Medical and sanitary report of the native army of Bengal for the year
Year: 1877
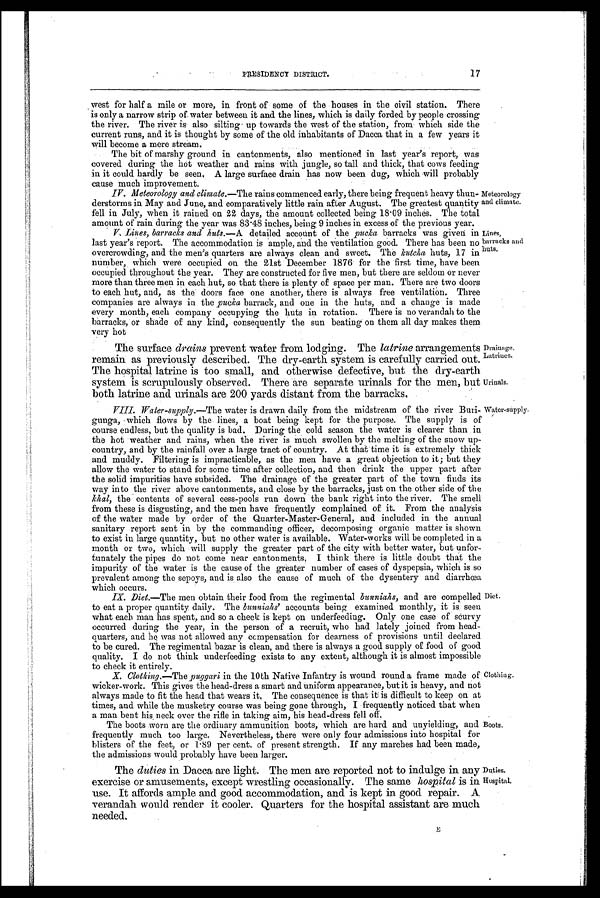
Drainage.
Latrines,
Urinals.
17
PRESIDENCY DISTRICT.
west for half a mile or more, in front of some of the houses in the civil station. There
is only a narrow strip of water between it and the lines, which is daily forded by people crossing
the river. The river is also silting up towards the west of the station, from which side the
current runs, and it is thought by some of the old inhabitants of Dacca that in a few years it
will become a mere stream.
The bit of marshy ground in cantonments, also mentioned in last year's report, was
covered during the hot weather and rains with jungle, so tall and thick, that cows feeding
in it could hardly be seen, A large surface drain has now been dug, which will probably
cause much improvement.
IV. Meteorology and climate.—The rains commenced early, there being frequent heavy thun-
derstorms in May and June, and comparatively little rain after August. The greatest quantity
fell in July, when it rained on 22 days, the amount collected being 18 . 09 inches. The total
amount of rain during the year was 83 .48 inches. being. 9 inches in excess of the previous year.
V. Lines, barracks and huts.— A detailed account of the pucka barracks was given. in
last year's report. The accommodation is ample, and the ventilation good. There has been no
.
overcrowding, and the men's quarters are always clean and sweet. The kutcha huts, 17 in
number, which were occupied on the 21st December 1876 for the first time, have been
occupied throughout the year. They are constructed for five men, but there are seldom or never
more than three men in each hut, so that there is plenty of space per man. There are two doors
to each hut, and, as the doors face one another, there is always free ventilation. Three
companies are always in the pucka barrack, and one in the huts, and a change is made
every month, each company occupying the huts in rotation. There is no verandah to the
barracks, or shade of any kind, consequently the sun beating on them all day makes them
very hot
Meteorology
and climate.
Lines,
barracks and
huts.
The surface drains prevent water from lodging. The latrine arrangements
remain as previously described. The dry-earth system is carefully carried out.
The hospital latrine is too small, and otherwise defective, but the dry-earth
system is scrupulously observed. There are separate urinals for the men, but
both latrine and urinals are 200 yards distant from the barracks
.
V I I I . W a t e r - s u p p l y . —
T h e
water is drawn daily from the midstream of the river Buri-
gunga, which flows by the lines, a boat being kept for the purpose. The supply is of
course endless, but the quality is bad. During the cold season the water is clearer than in
the hot weather and rains, when the river is much swollen by the melting of the snow up-
country, and by the rainfall over a large tract of country. At that time it is extremely thick
and muddy. Filtering is impracticable, as the men have a great objection to it; but they
allow the water to stand for some time after collection, and then drink the upper part after
the solid impurities have subsided. The drainage of the greater part of the town finds its
way into the river above cantonments, and close by the barracks, just on the other side of the
khal, the contents of several cess-pools run down the bank right into the river. The smell
from these is
and the men have frequently complained of it. From the analysis
disgusting,
of the water made by order of the Quarter-Master-General, and included in the annual
sanitary report sent in by the commanding officer, decomposing organic matter is shown
to exist in large quantity, but no other water is available. Water-works will be completed in a
month or two, which will supply the greater part of the city with better water, but unfor-
tunately the pipes do not come near cantonments. I think there is little doubt that the
impurity of the water is the cause of the greater number of cases of dyspepsia, which is so
prevalent among the sepoys, and is also the cause of much of the dysentery and diarrhoea
which occurs.
I X D i e t . —
T h e
m e n o b t a i n t h e i r f o o d f r o m t h e r e g i m e n t a lb
u n n i a h s ,
a n d a r e c o m p e l l e d
to eat a proper quantity daily. The bunniahs' accounts being examined monthly, it is seen
what each man has spent, and so a check is kept on underfeeding. Only one case of scurvy
occurred during the year, in the person of a recruit, who had lately joined from head-
quarters, and he was not allowed any compensation for dearness of provisions until declared
to be cured. The regimental bazar is clean, and there is always a good supply of food of good
quality. I do not think underfeeding exists to any extent, although it is almost impossible
to check it entirely.
Water-supply.
Diet.
X . C l o t h i n g . —
T h e
p u g g a r i
i n t h e 1 0 t h N a t i v e I n f a n t r y i s w o u n d r o u n d a f r a m e m a d e o f
wicker-work. This gives the head-dress a smart and uniform appearance, but it is heavy, and not
always made to fit the head that wears it, The consequence is that it is difficult to keep on at
times, and while the musketry course was being gone through, I frequently noticed that when
a man bent his neck over the rifle in taking aim, his head-dress fell off.
The boots worn are the ordinary ammunition boots, which are hard and unyielding, and
frequently much too large. Nevertheless, there were only four admissions into hospital for
blisters of the feet, or 1·89 per cent. of present strength. If any marches had been made,
the admissions would probably have been larger.
Clothing.
Boots.
The duties in Dacca are light. The men are reported not to indulge in any
exercise or amusements, except wrestling occasionally. The same hospital is in
use. It affords ample and good accommodation, and is kept in good repair. A
verandah would render it cooler. Quarters for the hospital assistant are much
needed.
E
Duties.
Hospital.